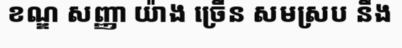
ខណ្ឌ សញ្ញា យ៉ាង ច្រើន សមស្រប នឹង